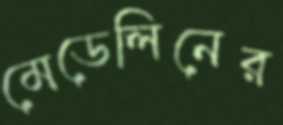
মেডেলিনের